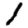
Digit: 1